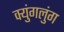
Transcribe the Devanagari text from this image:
क्युंगलुंग